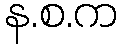
န.စ.က